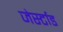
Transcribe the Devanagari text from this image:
जेर्स्टाड